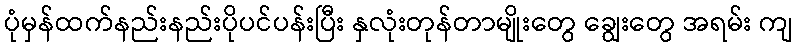
ပုံမှန်ထက်နည်းနည်းပိုပင်ပန်းပြီး နှလုံးတုန်တာမျိုးတွေ ချွေးတွေ အရမ်း ကျ